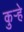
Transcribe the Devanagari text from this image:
कुर्‍हे